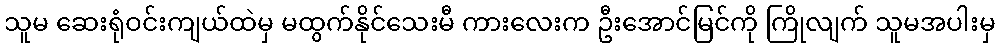
သူမ ဆေးရုံဝင်းကျယ်ထဲမှ မထွက်နိုင်သေးမီ ကားလေးက ဦးအောင်မြင်ကို ကြိုလျက် သူမအပါးမှ